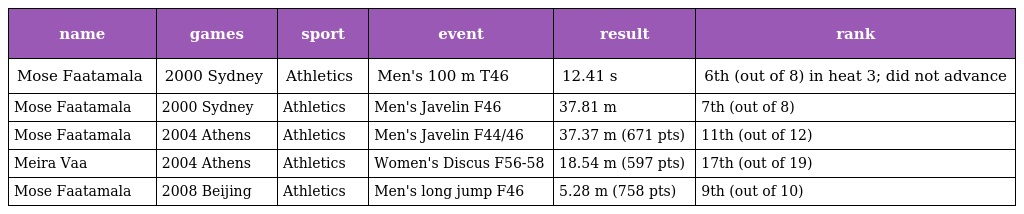
| name | games | sport | event | result | rank |
 | --- | --- | --- | --- | --- | --- |
 | Mose Faatamala | 2000 Sydney | Athletics | Men's 100 m T46 | 12.41 s | 6th (out of 8) in heat 3; did not advance |
 | Mose Faatamala | 2000 Sydney | Athletics | Men's Javelin F46 | 37.81 m | 7th (out of 8) |
 | Mose Faatamala | 2004 Athens | Athletics | Men's Javelin F44/46 | 37.37 m (671 pts) | 11th (out of 12) |
 | Meira Vaa | 2004 Athens | Athletics | Women's Discus F56-58 | 18.54 m (597 pts) | 17th (out of 19) |
 | Mose Faatamala | 2008 Beijing | Athletics | Men's long jump F46 | 5.28 m (758 pts) | 9th (out of 10) |